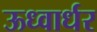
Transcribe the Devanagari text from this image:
ऊध्वार्धर